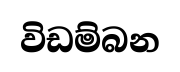
විඩම්බන